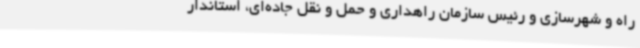
راه و شهرسازی و رئیس سازمان راهداری و حمل و نقل جاده‌ای، استاندار